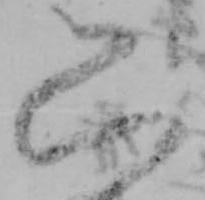
只